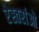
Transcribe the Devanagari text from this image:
रेस्तरांओ